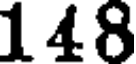
148